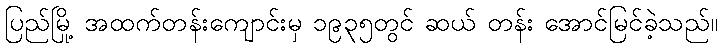
ပြည်မြို့ အထက်တန်းကျောင်းမှ ၁၉၃၅တွင် ဆယ် တန်း အောင်မြင်ခဲ့သည်။